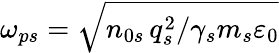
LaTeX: \omega_{ps}=\sqrt{n_{0s}\, q_{s}^{2}/\gamma_{s}m_{s}\varepsilon_{0}}